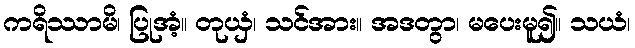
ကရိဿာမိ၊ ပြုအံ့။ တုယှံ၊ သင်အား။ အဒတွာ၊ မပေးမူ၍။ သယံ၊